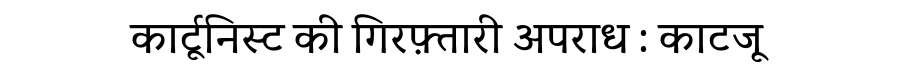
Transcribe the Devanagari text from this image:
कार्टूनिस्ट की गिरफ़्तारी अपराध : काटजू